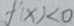
f ^ { \prime } ( x ) < 0